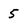
Character: 5